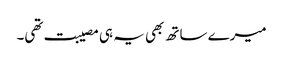
میرے ساتھ بھی یہ ہی مصیبت تھی۔